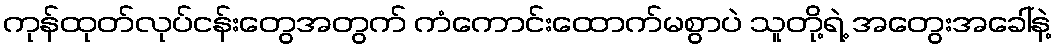
ကုန်ထုတ်လုပ်ငန်းတွေအတွက် ကံကောင်းထောက်မစွာပဲ သူတို့ရဲ့ အတွေးအခေါ်နဲ့